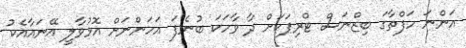
އަންނަ ހަފްތާގަ ބިޒްނަސް ޓްރިޕަކަށް ދާ ވާހަކަ ބުނެފަ އަހަންނަށް އޮޅުވާލީ އޭނައާއެކު